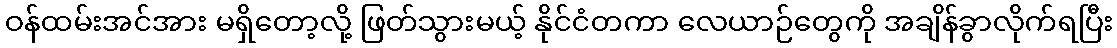
ဝန်ထမ်းအင်အား မရှိတော့လို့ ဖြတ်သွားမယ့် နိုင်ငံတကာ လေယာဉ်တွေကို အချိန်ခွာလိုက်ရပြီး